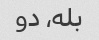
بله، دو